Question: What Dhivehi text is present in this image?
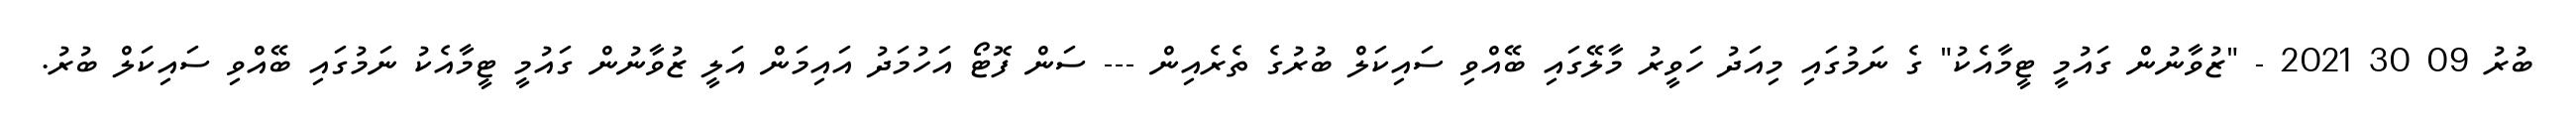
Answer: ބުރު 09 30 2021 - "ޒުވާނުން ގައުމީ ޓީމާއެކު" ގެ ނަމުގައި މިއަދު ހަވީރު މާލޭގައި ބޭއްވި ސައިކަލް ބުރުގެ ތެރެއިން --- ސަން ފޮޓޯ އަހުމަދު އައިމަން އަލީ ޒުވާނުން ގައުމީ ޓީމާއެކު ނަމުގައި ބޭއްވި ސައިކަލް ބުރު.